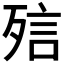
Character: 𣨌